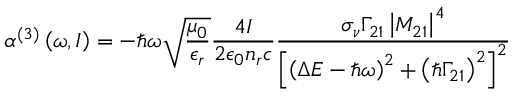
\alpha ^ { ( 3 ) } \left( \omega , I \right) = - \hslash \omega \sqrt { \frac { \mu _ { 0 } } { \epsilon _ { r } } } \frac { 4 I } { 2 \epsilon _ { 0 } n _ { r } c } \frac { \sigma _ { \nu } \Gamma _ { 2 1 } \left\vert M _ { 2 1 } \right\vert ^ { 4 } } { \left[ \left( \Delta E - \hslash \omega \right) ^ { 2 } + \left( \hslash \Gamma _ { 2 1 } \right) ^ { 2 } \right] ^ { 2 } }